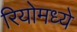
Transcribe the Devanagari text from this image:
रियोमध्ये